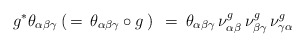
\begin{align*}g^* \theta_{\alpha \beta \gamma} \: ( \, = \, \theta_{\alpha \beta\gamma} \circ g \, ) \: \: = \: \theta_{\alpha \beta \gamma} \, \nu^g_{\alpha \beta} \, \nu^g_{\beta \gamma} \, \nu^g_{\gamma \alpha}\end{align*}